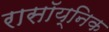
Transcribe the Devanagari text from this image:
रासॉय्निक